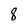
Character: 8